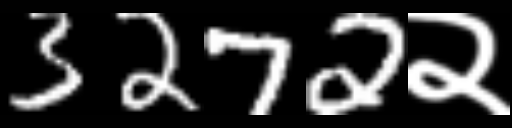
Text: 3272२